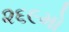
૨૬૯મો